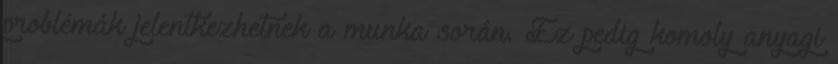
problémák jelentkezhetnek a munka során. Ez pedig komoly anyagi